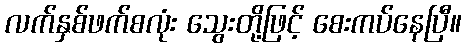
လက်နှစ်ဖက်စလုံး သွေးတို့ဖြင့် စေးကပ်နေပြီ။